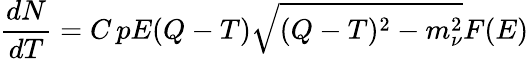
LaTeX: \frac{dN}{dT}=C\, pE(Q-T)\sqrt{(Q-T)^{2}-m_{\nu}^{2}}F(E)